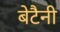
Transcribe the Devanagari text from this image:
बेटैनी